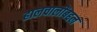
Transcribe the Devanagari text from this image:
हालचालींबद्दल